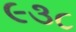
૯૩૮